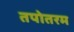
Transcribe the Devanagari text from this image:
तपोतरम